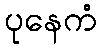
ပုနေကံ